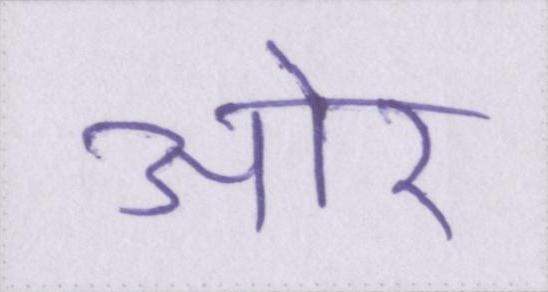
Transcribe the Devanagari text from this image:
आ॓र